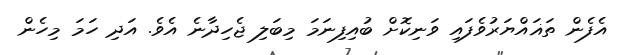
އެފެން ތަޣައްޔަރުވެފައި ވަނިކޮށް ބުއިފިނަމަ މިބަލި ޖެހިދާނެ އެވެ. އަދި ހަމަ މިހެން